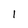
Character: l